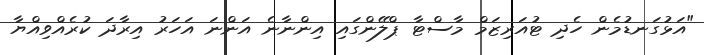
"އަޅުގަނޑުމެން ހެދި ޓުއަރިޒަމް މާސްޓާ ޕްލޭންގައި އިންނާނެ އަންނަ އަހަރު އިރާދަ ކުރެއްވިއްޔާ